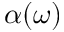
\alpha ( \omega )